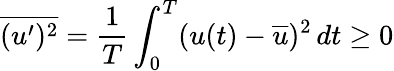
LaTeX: {\overline{{(u^{\prime})^{2}}}}={\frac{1}{T}}\int_{0}^{T}(u(t)-{\overline{{u}}})^{2}\, dt\geq 0